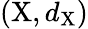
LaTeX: (\mathrm{X},d_{\mathrm{X}})